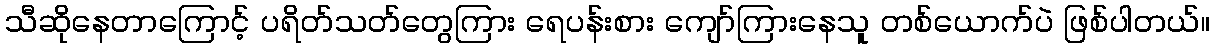
သီဆိုနေတာကြောင့် ပရိတ်သတ်တွေကြား ရေပန်းစား ကျော်ကြားနေသူ တစ်ယောက်ပဲ ဖြစ်ပါတယ်။